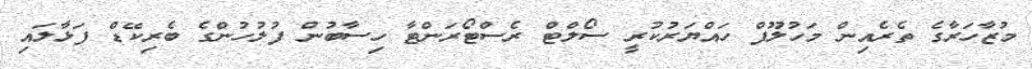
މުޒާހަރާގެ ތެރެއިން މަހުލޫފް ހައްޔަރުކުރީ ސޯލްޓް ރެސްޓޯރަންޓާ ހިސާބުން ފުލުހުންގެ ބެރިކޭޑް ފަޅާލައި